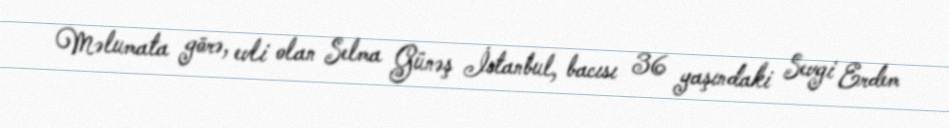
Məlumata görə, evli olan Selma Günəş İstanbul, bacısı 36 yaşındaki Sevgi Erdem